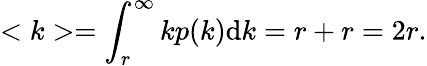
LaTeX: <k>=\int_{r}^{\infty}kp(k)\mathrm{d}k=r+r=2r.